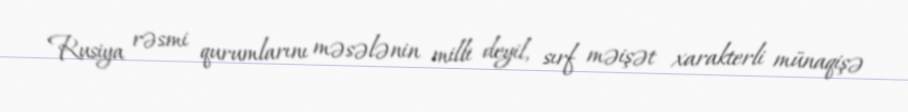
Rusiya rəsmi qurumlarını məsələnin milli deyil, sırf məişət xarakterli münaqişə